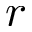
r